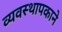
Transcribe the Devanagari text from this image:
व्यवस्थापकाने